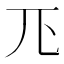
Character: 𭀖